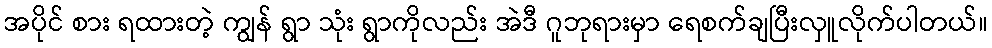
အပိုင် စား ရထားတဲ့ ကျွန် ရွာ သုံး ရွာကိုလည်း အဲဒီ ဂူဘုရားမှာ ရေစက်ချပြီးလှူလိုက်ပါတယ်။